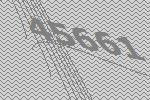
45661